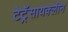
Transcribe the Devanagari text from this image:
टेट्रॅसायक्लीन